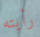
رأيته